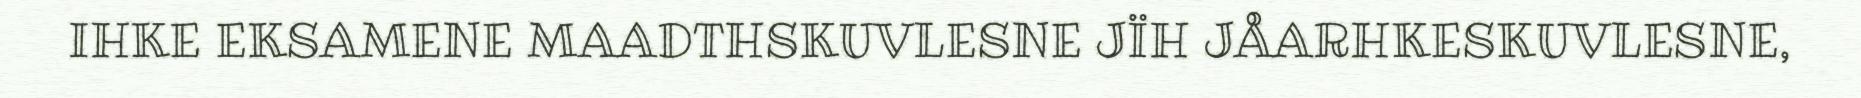
IHKE EKSAMENE MAADTHSKUVLESNE JÏH JÅARHKESKUVLESNE,